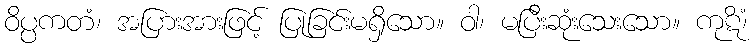
ဝိပ္ပကတံ၊ အပြားအားဖြင့် ပြုခြင်းမရှိသော။ ဝါ၊ မပြီးဆုံးသေးသော။ ကုဋိံ၊